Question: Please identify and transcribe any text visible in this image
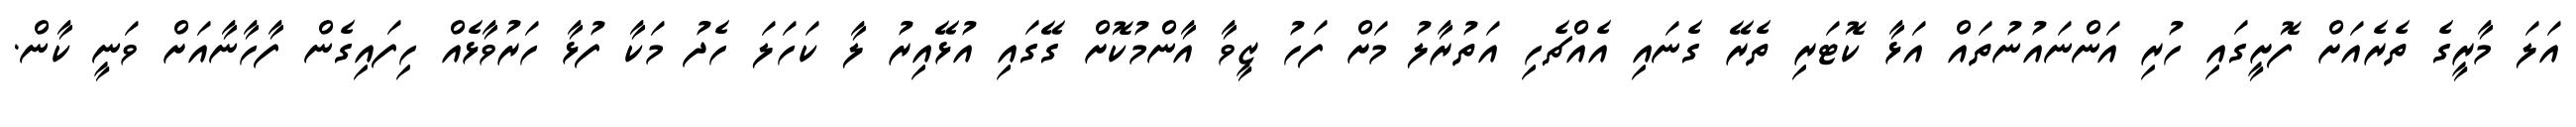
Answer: އަލަ މާރީގެ ތެރެއަށް ފޮށީގައި ހުރި އަންނައުނުތައް އަޅާ ކޮޓަރި ތެރޭ ގެނައި އެއްޗެހި އަތުރާލު މަށް ފަހު ޒީވާ އާންމުކޮށް ގޭގައި އުޅޭއިރު ލާ ކަހަލަ ހެދު މަކާ ފުޅާ ހަރުވާޅެއް ހިފައިގެން ފާހާނާއަށް ވަނީ ކާން.